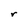
Character: r